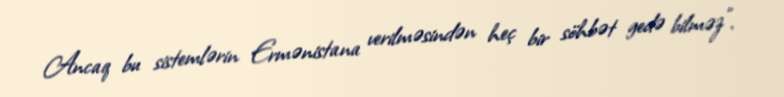
Ancaq bu sistemlərin Ermənistana verilməsindən heç bir söhbət gedə bilməz".